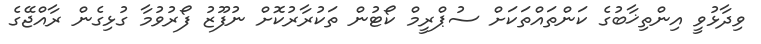
ވިދާޅުވީ އިންތިޚާބުގެ ކަންތައްތަކަށް ސުޕްރީމް ކޯޓުން ތަކުރާރުކޮށް ނުފޫޒު ފޯރުވުމާ ގުޅިގެން ރާއްޖޭގެ